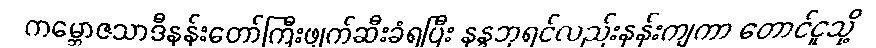
ကမ္ဘောဇသာဒီနန်းတော်ကြီးဖျက်ဆီးခံရပြီး နန္ဒဘုရင်လည်းနန်းကျကာ တောင်ငူသို့